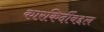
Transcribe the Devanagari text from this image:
कारकिर्दीबद्दल